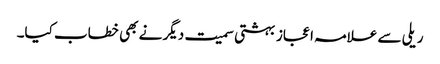
ریلی سے علامہ اعجاز بہشتی سمیت دیگر نے بھی خطاب کیا۔